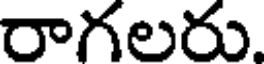
రాగలరు.